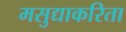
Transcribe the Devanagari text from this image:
मसुद्याकरिता